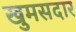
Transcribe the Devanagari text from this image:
खुमसदार